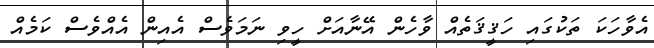
އެވާހަކަ ތަކުގައި ހަޤީޤަތެއް ވާހެން އޭނާއަށް ހީވި ނަމަވެސް އެއިން އެއްވެސް ކަމެއް